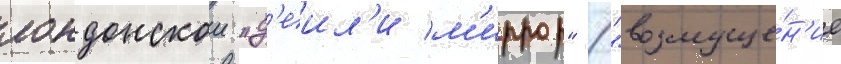
лондонскои "д'еил'и м'иррор" ("возмуще́н'ие